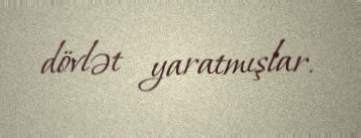
dövlət yaratmışlar.